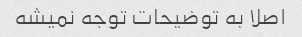
اصلا به توضیحات توجه نمیشه